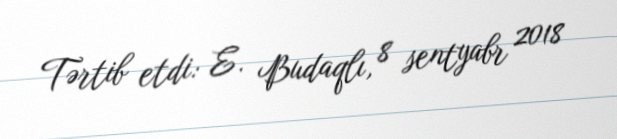
Tərtib etdi: E. Budaqlı, 8 sentyabr 2018